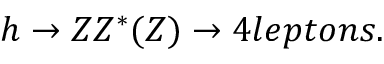
h \rightarrow Z Z ^ { * } ( Z ) \rightarrow 4 l e p t o n s .